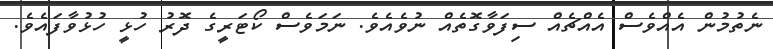
ނެތުމުން އެއްވެސް އެއްޗެއް ސިފަވާގޮތެއް ނުވެއެވެ. ނަމަވެސް ކޯޓަރީގެ ދޮރު ހުޅީ ހުޅުވާފައެވެ.